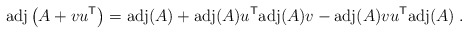
\begin{align*}{\rm adj} \left( A + v u^{\sf T} \right) = {\rm adj}(A) +{\rm adj}(A) u^{\sf T} {\rm adj}(A) v -{\rm adj}(A) v u^{\sf T} {\rm adj}(A) \;.\end{align*}